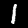
Label: 1